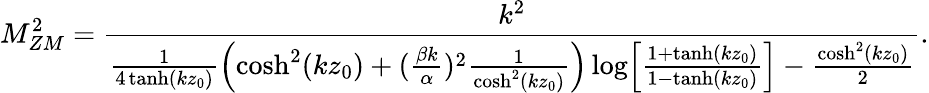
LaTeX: M_{ZM}^{2}=\frac{k^{2}}{\frac{1}{4\operatorname{tanh}(kz_{0})}\Bigl(\cosh^{2}(kz_{0})+(\frac{\beta k}{\alpha})^{2}\frac{1}{\cosh^{2}(kz_{0})}\Bigr)\log\Bigl[\frac{1+\operatorname{tanh}(kz_{0})}{1-\operatorname{tanh}(kz_{0})}\Bigr]-\frac{\cosh^{2}(kz_{0})}{2}}.